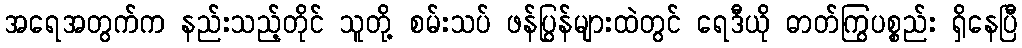
အရေအတွက်က နည်းသည့်တိုင် သူတို့ စမ်းသပ် ဖန်ပြွန်များထဲတွင် ရေဒီယို ဓာတ်ကြွပစ္စည်း ရှိနေပြီ